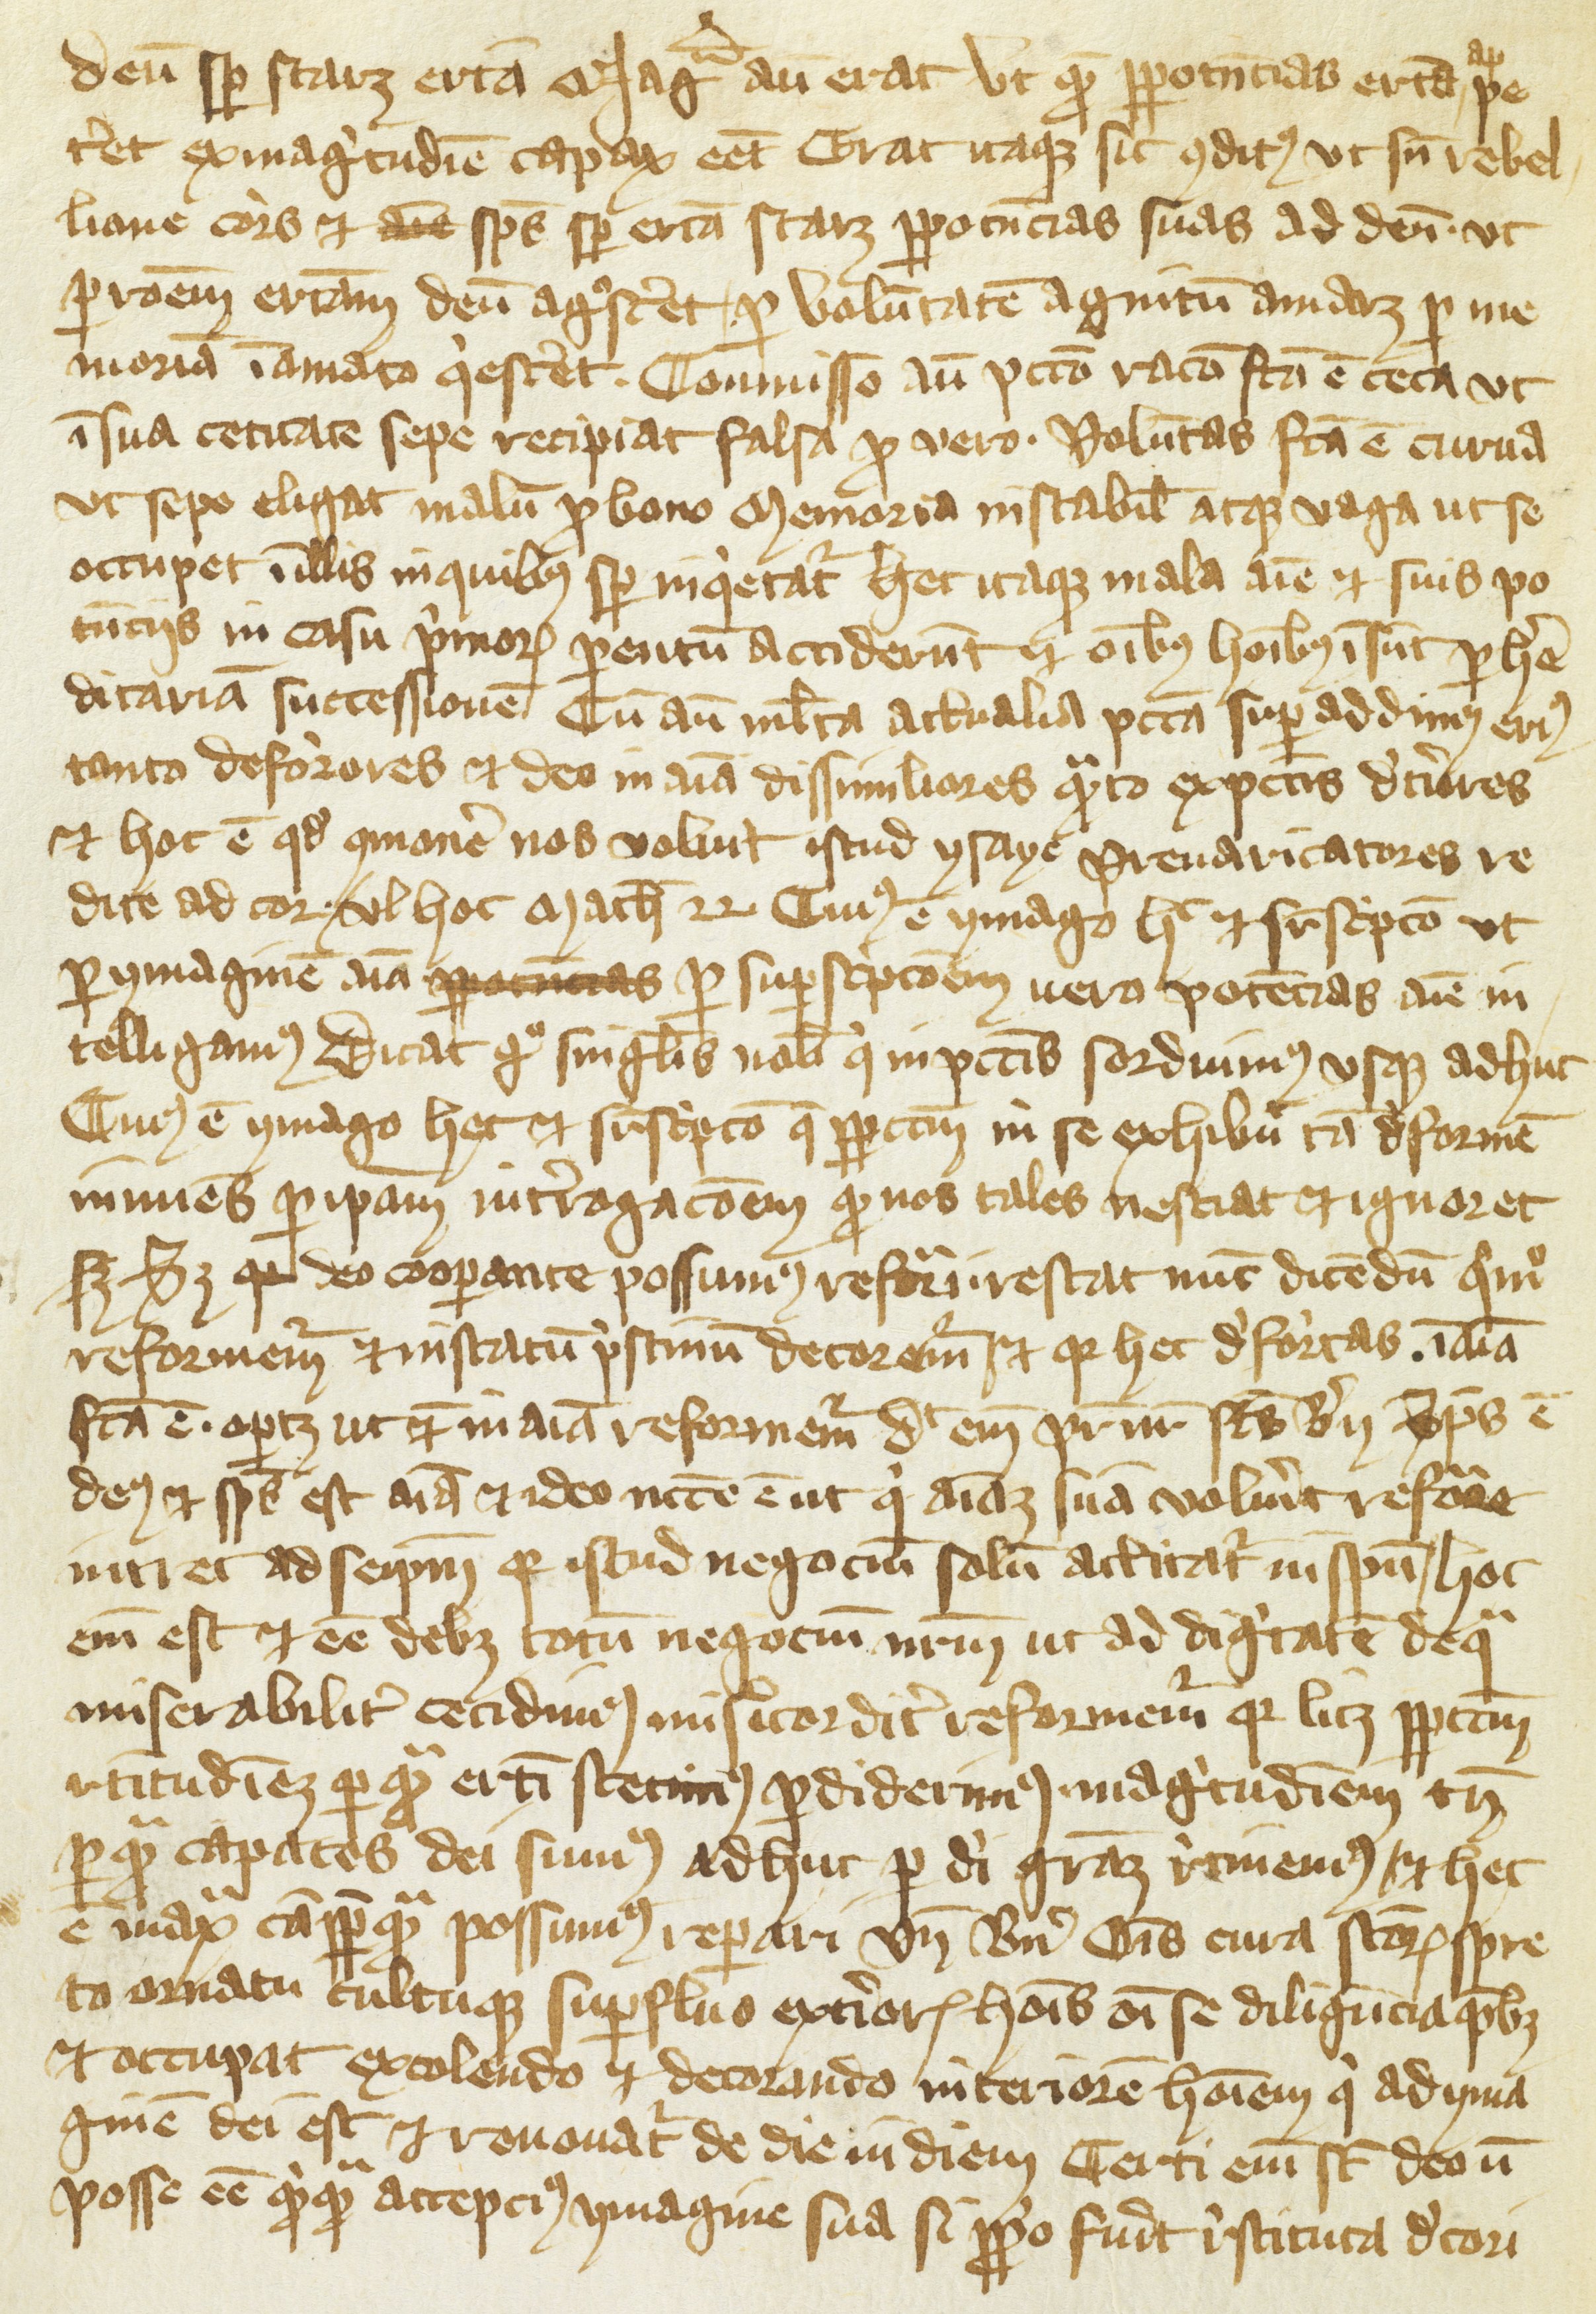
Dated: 1430–1430